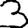
Digit: 3